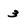
Character: 3